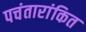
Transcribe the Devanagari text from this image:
पचंतारांकित